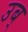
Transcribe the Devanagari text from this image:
उब्